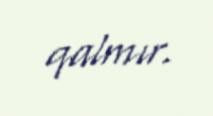
qalmır.